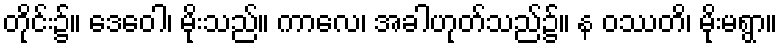
တိုင်း၌။ ဒေဝေါ၊ မိုးသည်။ ကာလေ၊ အခါဟုတ်သည်၌။ န ဝဿတိ၊ မိုးမရွာ။